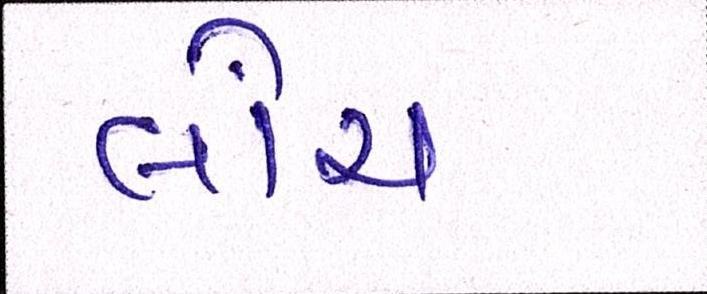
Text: લોંચ